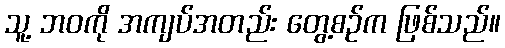
သူ့ ဘဝကို အကျပ်အတည်း တွေ့စဉ်က ဖြစ်သည်။